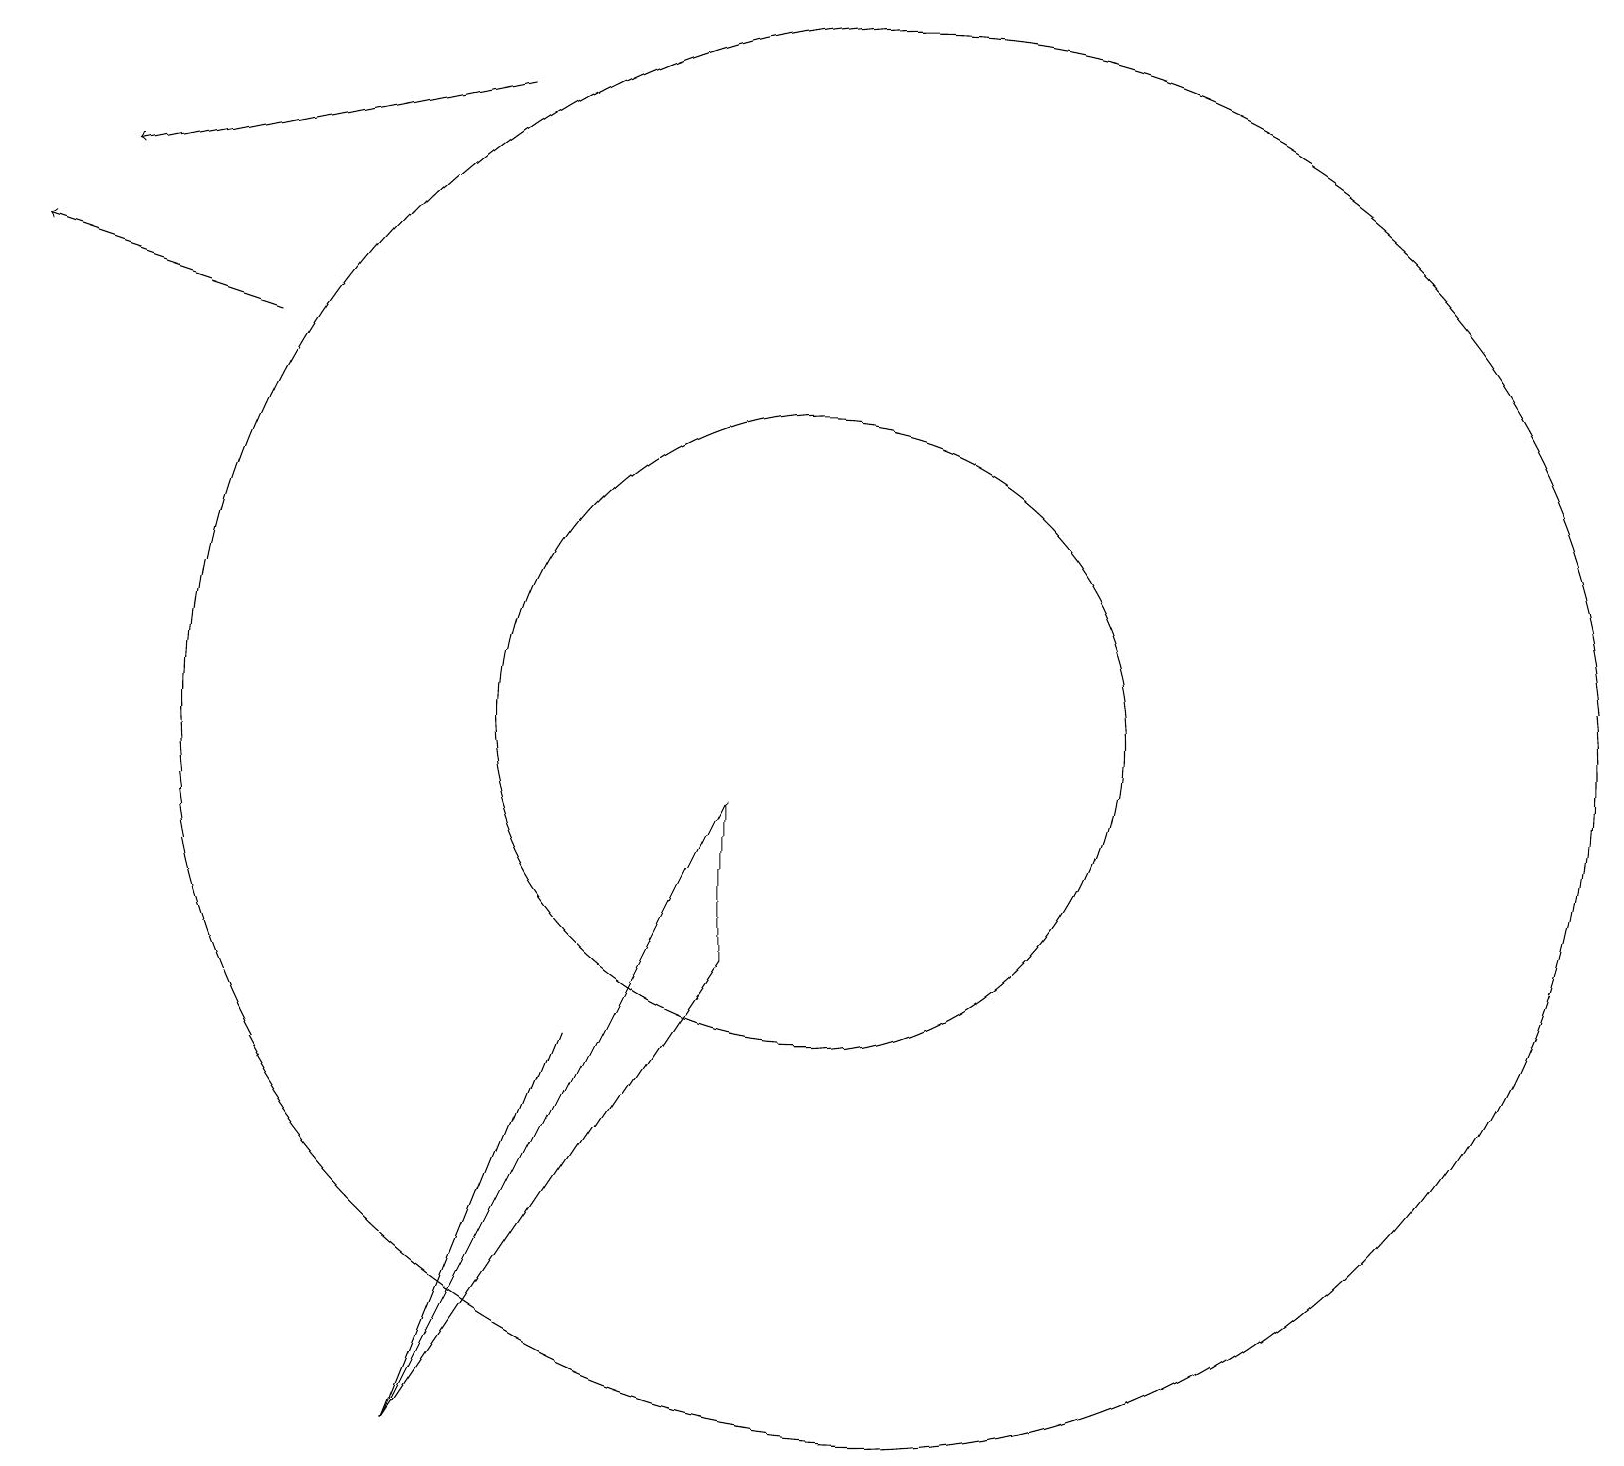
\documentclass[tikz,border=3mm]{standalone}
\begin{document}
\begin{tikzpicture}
\draw (7,6) -- (5,1) -- (7,6) -- cycle;
\draw (10,10) circle (4);
\draw (5,1) -- (9,7) -- (9,9) -- cycle;
\draw[->] (3,15) -- (0,16);
\draw (11,10) circle (9);
\draw[->] (6,18) -- (1,17);
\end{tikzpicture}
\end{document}